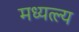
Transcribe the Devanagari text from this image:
मध्यत्ल्य